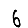
Digit: 6